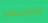
ستحبينها